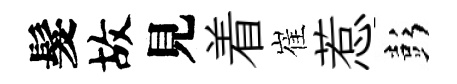
髮故見着崔惹彭